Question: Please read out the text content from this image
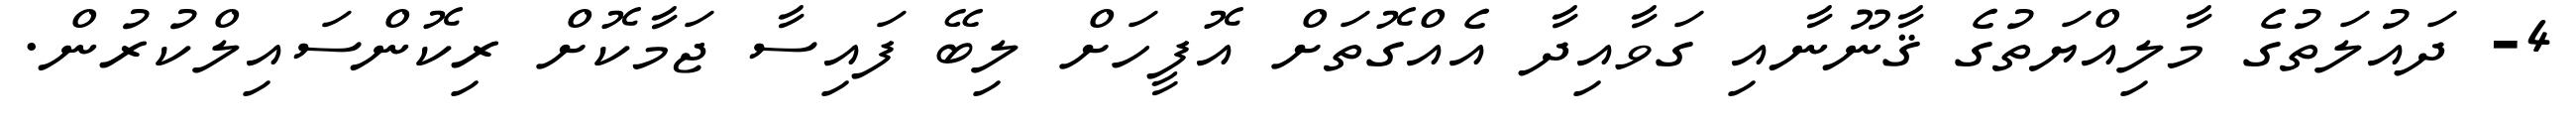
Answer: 4- ދައުލަތުގެ މާލިއްޔަތުގެ ޤާނޫނާއި ގަވާއިދާ އެއްގޮތަށް އޮފީހަށް ލިބޭ ފައިސާ ޖަމާކޮށް ރިކޮންސައިލްކުރުން.